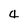
Character: 4